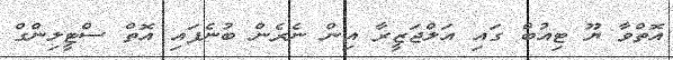
އޮތްވާ ޔޫ ޓިއުބް ގައި އަލްޖަޒީރާ އިން ނެރެން ބުނެފައި އޮތް ސްޓީލިންގް